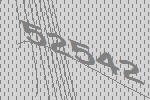
52542